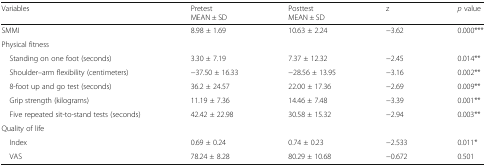
| Variables | PretestMEAN ± SD | PosttestMEAN ± SD | z | p value |
 | --- | --- | --- | --- | --- |
 | SMMI | 8.98 ± 1.69 | 10.63 ± 2.24 | −3.62 | 0.000*** |
 | <COLSPAN=5> Physical fitness |
 | Standing on one foot (seconds) | 3.30 ± 7.19 | 7.37 ± 12.32 | −2.45 | 0.014** |
 | Shoulder–arm flexibility (centimeters) | −37.50 ± 16.33 | −28.56 ± 13.95 | −3.16 | 0.002** |
 | 8-foot up and go test (seconds) | 36.2 ± 24.57 | 22.00 ± 17.36 | −2.69 | 0.009** |
 | Grip strength (kilograms) | 11.19 ± 7.36 | 14.46 ± 7.48 | −3.39 | 0.001** |
 | Five repeated sit-to-stand tests (seconds) | 42.42 ± 22.98 | 30.58 ± 15.32 | −2.94 | 0.003** |
 | <COLSPAN=5> Quality of life |
 | Index | 0.69 ± 0.24 | 0.74 ± 0.23 | −2.533 | 0.011* |
 | VAS | 78.24 ± 8.28 | 80.29 ± 10.68 | −0.672 | 0.501 |